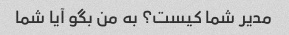
مدیر شما کیست؟ به من بگو آیا شما